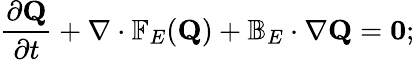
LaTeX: \frac{\partial\mathbf{Q}}{\partial t}+\nabla\cdot\mathbb{F}_{E}(\mathbf{Q})+\mathbb{B}_{E}\cdot\nabla\mathbf{Q}=\mathbf{0};